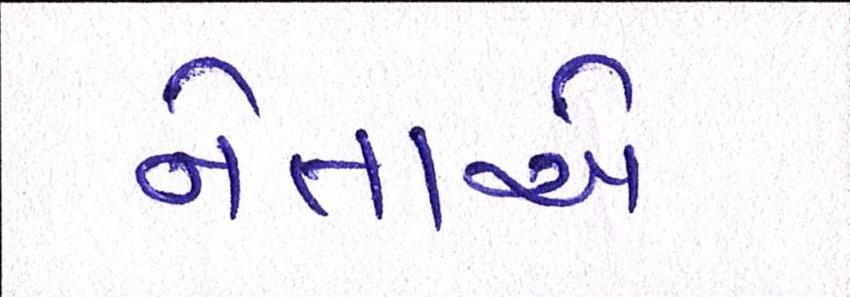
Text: નેતાએ